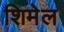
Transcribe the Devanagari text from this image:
शिमेल